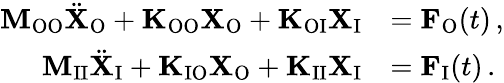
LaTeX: \begin{array}{rl}{\mathbf{M}_{\mathrm{OO}}\ddot{\mathbf{X}}_{\mathrm{O}}+\mathbf{K}_{\mathrm{OO}}\mathbf{X}_{\mathrm{O}}+\mathbf{K}_{\mathrm{OI}}\mathbf{X}_{\mathrm{I}}}&{=\mathbf{F}_{\mathrm{O}}(t)\, ,}\\ {\mathbf{M}_{\mathrm{II}}\ddot{\mathbf{X}}_{\mathrm{I}}+\mathbf{K}_{\mathrm{IO}}\mathbf{X}_{\mathrm{O}}+\mathbf{K}_{\mathrm{II}}\mathbf{X}_{\mathrm{I}}}&{=\mathbf{F}_{\mathrm{I}}(t)\, .}\end{array}